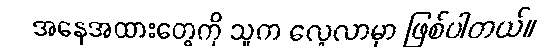
အနေအထားတွေကို သူက လေ့လာမှာ ဖြစ်ပါတယ်။